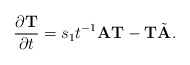
\begin{align*} \frac{\partial \textbf{T}}{\partial t} = s_1 t^{-1} \textbf{A} \textbf{T} - \textbf{T} \tilde{\textbf{A}}. \end{align*}